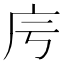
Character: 𢇡